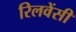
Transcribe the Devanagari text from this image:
रिलवेंसी